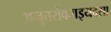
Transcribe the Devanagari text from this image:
अनुत्तरोववाइयदसा